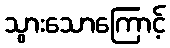
သွားသောကြောင့်